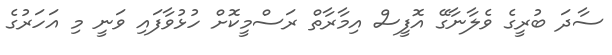
ސާދަ ބުރީގެ ވެލާނާގޭ އޮފީސް އިމާރާތް ރަސްމީކޮށް ހުޅުވާފައި ވަނީ މި އަހަރުގެ